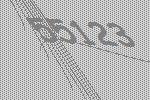
55123